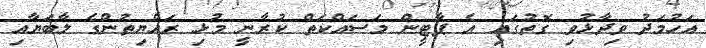
އަހުމަދު ވިދާޅުވި ގޮތުގައި އެ ޕާޓީން މަސައްކަތް ކުރާނީ މުޅި ރައްޔިތުންގެ ލާބަޔާއި